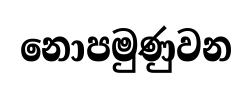
නොපමුණුවන